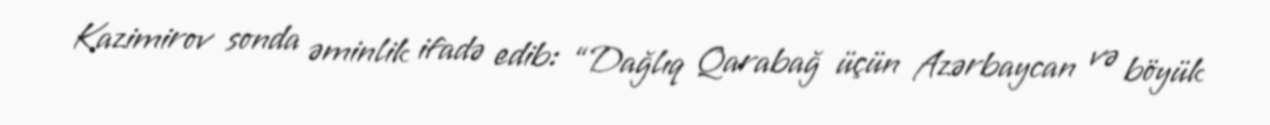
Kazimirov sonda əminlik ifadə edib: “Dağlıq Qarabağ üçün Azərbaycan və böyük